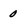
Character: 0